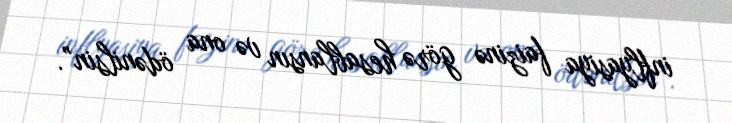
inflyasiya faizinə görə hesablansın və ona ödənilsin”.